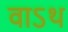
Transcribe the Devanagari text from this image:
वाऽथ